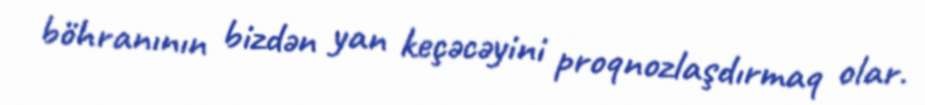
böhranının bizdən yan keçəcəyini proqnozlaşdırmaq olar.